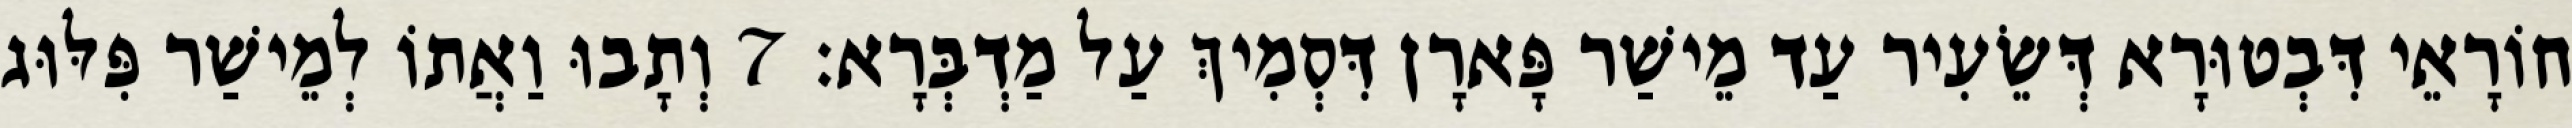
חוֹרָאֵי דִּבְטוּרָא דְּשֵׂעִיר עַד מֵישַׁר פָּארָן דִּסְמִיךְ עַל מַדְבְּרָא׃ 7 וְתָבוּ וַאֲתוֹ לְמֵישַׁר פִּלּוּג